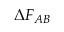
\Delta F _ { A B }